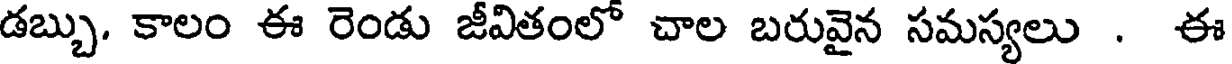
డబ్బు. కాలం ఈ రెండు జీవితంలో చాల బరువైన సమస్యలు . ఈ